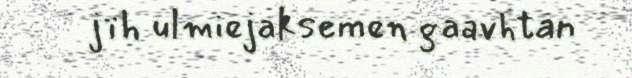
jïh ulmiejaksemen gaavhtan